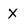
Character: X